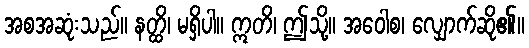
အစအဆုံးသည်။ နတ္ထိ၊ မရှိပါ။ ဣတိ၊ ဤသို့။ အဝေါစ၊ လျှောက်ဆို၏။